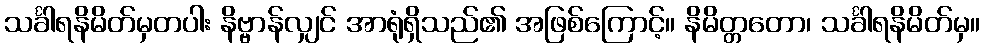
သင်္ခါရနိမိတ်မှတပါး နိဗ္ဗာန်လျှင် အာရုံရှိသည်၏ အဖြစ်ကြောင့်။ နိမိတ္တတော၊ သင်္ခါရနိမိတ်မှ။